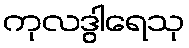
ကုလဒွါရေသု